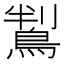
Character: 鵥